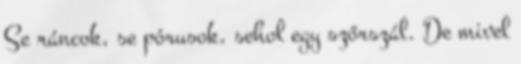
Se ráncok, se pórusok, sehol egy szőrszál. De mivel